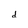
Character: d